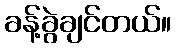
ခန့်ခွဲချင်တယ်။